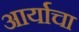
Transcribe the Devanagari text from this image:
आर्याचा